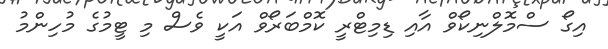
އިގޯ ސްމޮލްނިކޯވް އާއި ޑިމިޓްރީ ކޮމްބަރޯވް އަކީ ވެސް މި ޓީމުގެ މުހިންމު